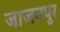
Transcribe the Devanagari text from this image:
जाजनपुर